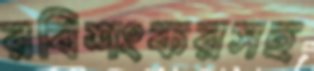
রবিশংকরসহ